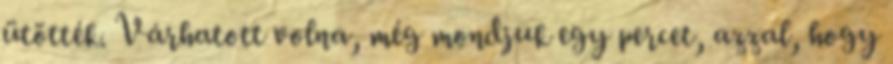
ütötték. Várhatott volna, még mondjuk egy percet, azzal, hogy